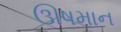
ઊષમાન